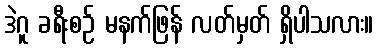
ဒဲဂူ ခရီးစဉ် မနက်ဖြန် လတ်မှတ် ရှိပါသလား။